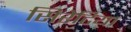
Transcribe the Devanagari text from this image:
सिरेटिया